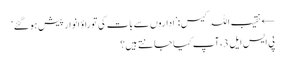
← نقیب اللہ کیس:’اداروں سے بات کی تو راؤ انوار پیش ہو گئے‘
پی ایس ایل 3، آپ کیا جانتے ہیں؟